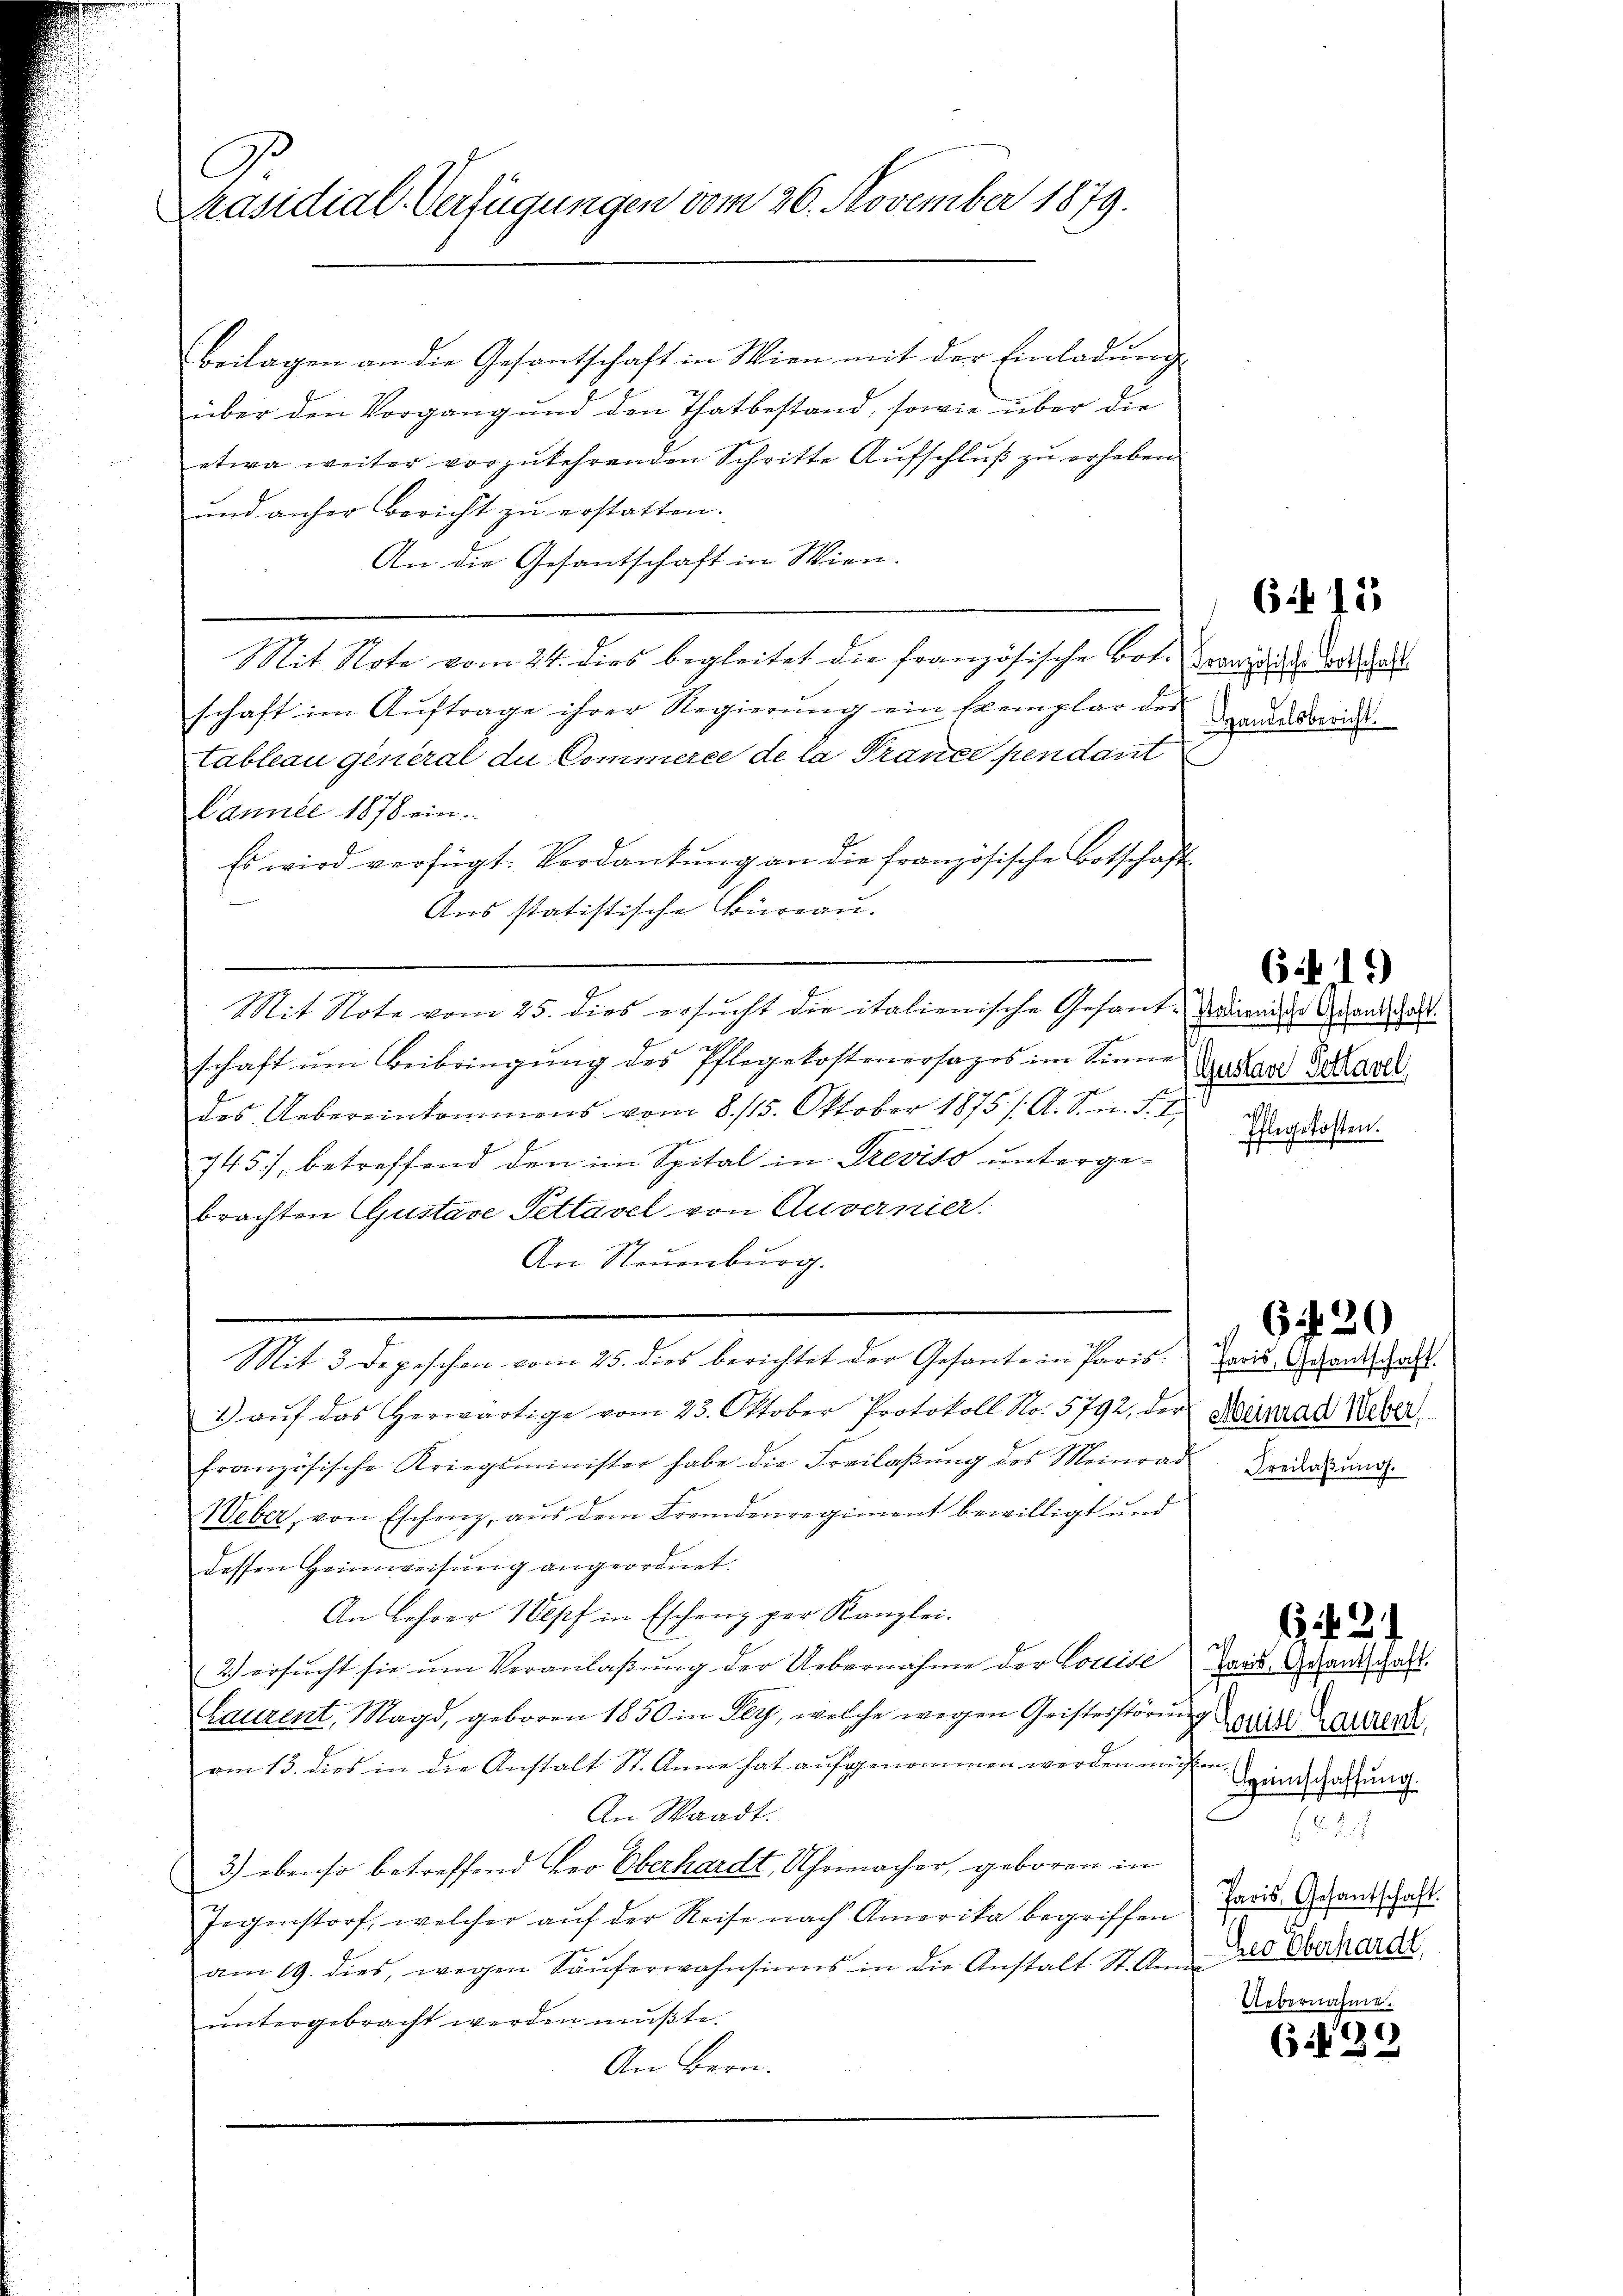
C
Präsidial-Verfügungen vom 26. November 1879.

Beilagen an die Gesantschaft in Wien mit der Einladung
über den Vorgang und den Thatbestand, sowie über die
etwa weiter vorzukehrenden Schritte Aufschluß zu erheben
und anher Bericht zu erstatten.
An die Gesantschaft in Wien.
Mit Note vom 24. dies begleitet die französische Bot. Provisions Collat
schaft im Auftrage ihrer Regierŭng ein Exemplar der
tableau general du Commerce de la Prance pendant
Lannte 1878 ein.
Es wird verfügt: Verdankung an die französische Botschaft
Aus statistische Büreau.
Mit Note vom 25. dies ersucht die italienische Gesant-Weinige Arandschaft.
schaft um Beibringung des Pflegekostenersages im Sinne
des Uebereinkommens vom 8. 115. Oktober 1875 /. A. S. n. F. 1
745), betreffend den im Spital in Treviso untergebrachten Gustare Pettavel von Auvernier.
An Steuenburg.
6420
Mit 3 Depeschen vom 25. dies berichtet der Gesante in Paris. Paris Grandschaft
1. aŭf das herwärtige vom 23. Oktober Protokoll No. 5792, der Meinrad Weber
französische Kriegsminister habe die Freilaβŭng des Meinrad Bridaŭng.
Weber, von Eschenz, aus dem Fremdenregiment bewilligt und
dessen Heimweisung angeordnet.
An Lehrer Wepf in Eschenz per Kanzlei.
2
is
2) ersucht sie um Veranlaßung der Uebernahme der Louise zur Grand galt.
Laurent, Magd, geboren 1850 in sey, welche wegen Geisterstörung
Honis Laurent,
am 13. dies in die Anstalt St. Anna hat aufgenommen werden müßen Einschaftung
An Waadt.
f 6. d
3.) ebenso betreffend her Oberhardt, Uhrmacher, geboren in
Jegenstorf, welcher aŭf der Reise nach Amerika begriffen Paris Gesandschaft.
am 19. dies, wegen Säŭferwahnsinns in die Anstalt St. An das Verhardt.
Uebernahme.
untergebracht werden mußte.
(132
An Bern.

6 f 15

Handelsbericht.

(1419)

7
(Gustav Pottavel
.
Ehlegekosten.